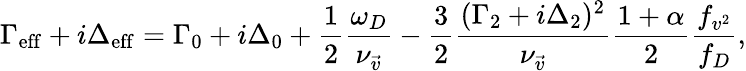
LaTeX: \Gamma_{\mathrm{eff}}+i\Delta_{\mathrm{eff}}=\Gamma_{0}+i\Delta_{0}+\frac{1}{2}\frac{\omega_{D}}{\nu_{\vec{v}}}-\frac{3}{2}\frac{(\Gamma_{2}+i\Delta_{2})^{2}}{\nu_{\vec{v}}}\frac{1+\alpha}{2}\frac{f_{v^{2}}}{f_{D}},